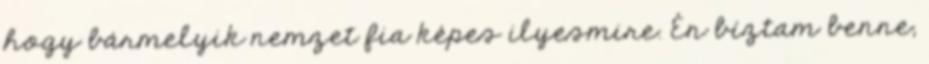
hogy bármelyik nemzet fia képes ilyesmire. Én bíztam benne,